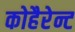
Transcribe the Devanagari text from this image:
कोहैरेन्ट